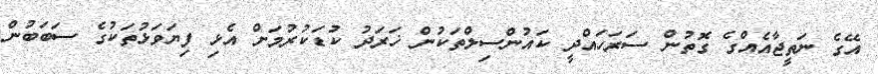
އޭގެ ނަތީޖާއެއްގެ ގޮތުން ސަރަހައްދީ ކައުންސިލްތަކުން ޚަރަދު ކުޑަކުރުމަށް އެޅި ފިޔަވަޅުތަކުގެ ސަބަބުން